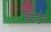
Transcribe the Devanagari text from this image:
बोर्डर